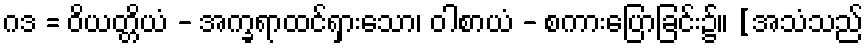
ဂဒ = ဝိယတ္တိယံ - အက္ခရာထင်ရှားသော၊ ဝါစာယံ - စကားပြောခြင်း၌။ [အသံသည်